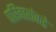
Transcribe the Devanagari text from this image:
परिवारांकडे